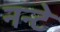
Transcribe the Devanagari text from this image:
नन्टे